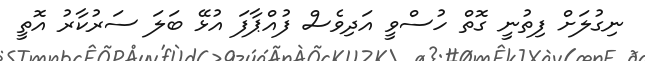
ނިގުލަށް ފިތުނީ ގޮތް ހުސްވީ އަދިވެސް ފުއްޕާފަ އުޅޭ ބަލަ ސަރުކާރު އޮތީ